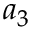
a _ { 3 }